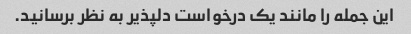
این جمله را مانند یک درخواست دلپذیر به نظر برسانید.